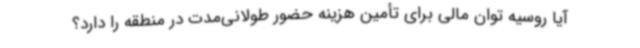
آیا روسیه توان مالی برای تأمین هزینه حضور طولانی‌مدت در منطقه را دارد؟